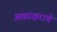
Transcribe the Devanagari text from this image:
आद्याक्षराचे